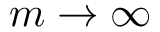
m \rightarrow \infty